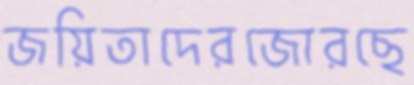
জয়িতাদেরজোরছে